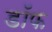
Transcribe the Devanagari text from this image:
डॉफ